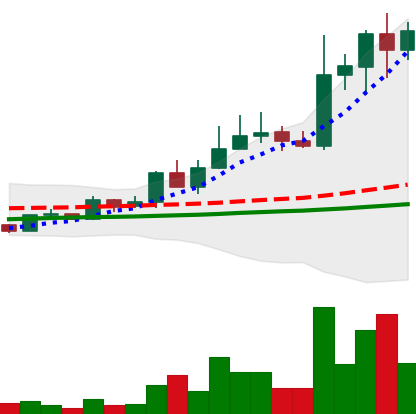
Ticker: LINK-USD
Chart end date: 2019-05-18
Forward return: 43.98%
Label: up_7plus